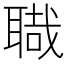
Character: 𦖱